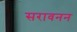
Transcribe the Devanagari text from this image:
सरावनन